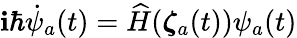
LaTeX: \mathbf{i}\hbar\dot{{\psi}}_{a}(t)=\widehat{{H}}({\boldsymbol{\zeta}}_{a}(t))\psi_{a}(t)